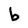
Character: b